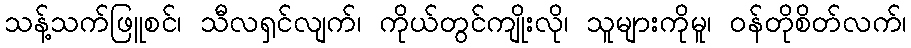
သန့်သက်ဖြူစင်၊ သီလရှင်လျက်၊ ကိုယ်တွင်ကျိုးလို၊ သူများကိုမူ၊ ဝန်တိုစိတ်လက်၊